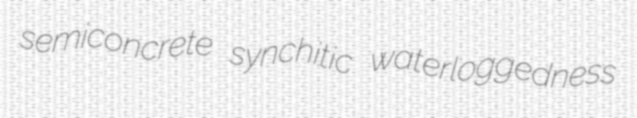
semiconcrete synchitic waterloggedness